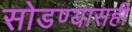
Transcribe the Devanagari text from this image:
सोडण्यासही